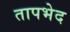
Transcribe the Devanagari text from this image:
तापभेद